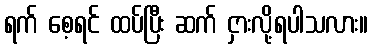
ရက် စေ့ရင် ထပ်ပြီး ဆက် ငှားလို့ရပါသလား။